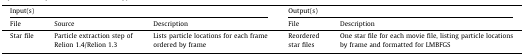
| <COLSPAN=3> Input(s) | <COLSPAN=2> Output(s) |
 | File | Source | Description | File | Description |
 | --- | --- | --- | --- | --- |
 | Star file | Particle extraction step of Relion 1.4/Relion 1.3 | Lists particle locations for each frame ordered by frame | Reordered star files | One star file for each movie file, listing particle locations by frame and formatted for LMBFGS |